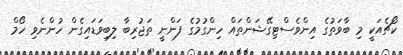
ކޯޗެއަކީ މި ބާވަތުގެ އިންވެސްޓިގޭޝަންތައް ހިންގުމުގެ ފަންނީ ތަޖުރިބާ ލިބިވަޑައިގެން ހުންނެވި ހޯމް